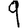
Digit: 9